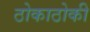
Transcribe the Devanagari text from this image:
ठोकाठोकी